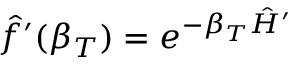
\hat { f } ^ { \prime } ( \beta _ { T } ) = e ^ { - \beta _ { T } \hat { H } ^ { \prime } }